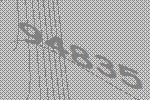
94835